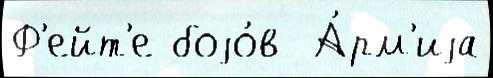
Ф'ейт'е боjо́в  А́рм'иjа